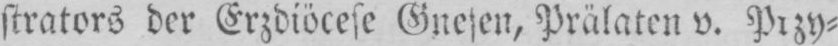
strators der Erzdiöcese Gnesen, Prälaten v. Przy⸗